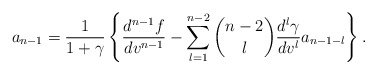
\begin{align*} a_{n-1}=\frac{1}{1+\gamma}\left\{\frac{d^{n-1}f}{dv^{n-1}}-\sum_{l=1}^{n-2}\binom{n-2}{l}\frac{d^l\gamma}{dv^l}a_{n-1-l}\right\}.\end{align*}